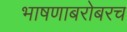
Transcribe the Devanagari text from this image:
भाषणाबरोबरच